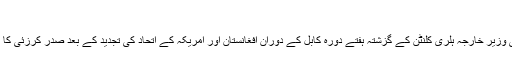
‘‘
پاکستان پر سرحد پار حملوں کے حالیہ الزامات اور امریکی وزیر خارجہ ہلری کلنٹن کے گزشتہ ہفتے دورہ کابل کے دوران افغانستان اور امریکہ کے اتحاد کی تجدید کے بعد صدر کرزئی کا تازہ ترین بیان بیشتر افراد کے لیے حیرت کا باعث بنا ہے۔